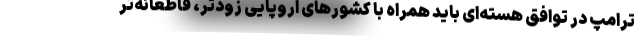
ترامپ در توافق هسته‌ای باید همراه با کشورهای اروپایی زودتر، قاطعانه‌تر